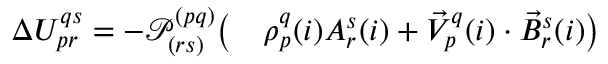
\begin{array} { r l } { \Delta U _ { p r } ^ { q s } = - \mathcal P _ { ( r s ) } ^ { ( p q ) } \big ( } & { { } \rho _ { p } ^ { q } ( i ) A _ { r } ^ { s } ( i ) + \vec { V } _ { p } ^ { q } ( i ) \cdot \vec { B } _ { r } ^ { s } ( i ) \big ) } \end{array}